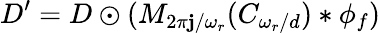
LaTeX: D^{\prime}=D\odot(M_{2\pi\mathbf{j}/\omega_{r}}(C_{\omega_{r}/d})*\phi_{f})